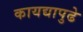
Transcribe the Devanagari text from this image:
कायद्यापुढे